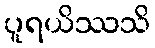
ပူရယိဿသိ